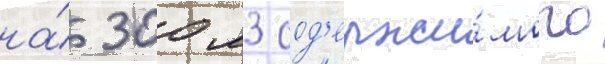
на́ 300 м3 сод'ержи́мого